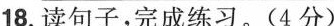
18.读句子，完成练习。(4分)